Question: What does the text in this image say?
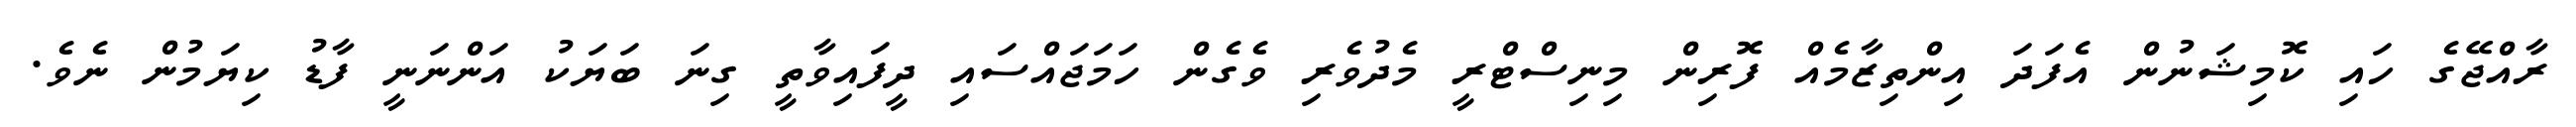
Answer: ރާއްޖޭގެ ހައި ކޮމިޝަނުން އެފަދަ އިންތިޒާމެއް ފޮރިން މިނިސްޓްރީ މެދުވެރި ވެގެން ހަމަޖައްސައި ދީފައިވާތީ ގިނަ ބަޔަކު އަންނަނީ ފާޑު ކިޔަމުން ނެވެ.